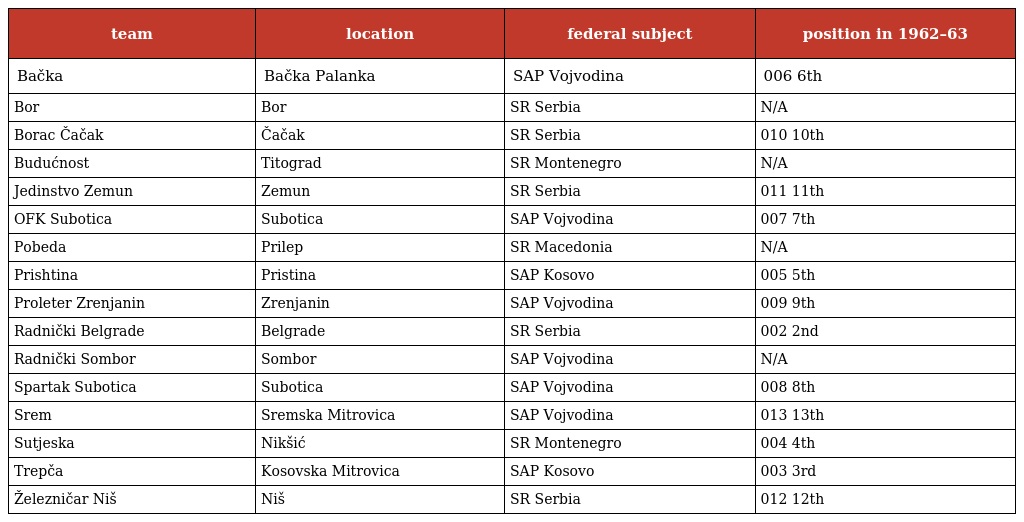
| team | location | federal subject | position in 1962–63 |
 | --- | --- | --- | --- |
 | Bačka | Bačka Palanka | SAP Vojvodina | 006 6th |
 | Bor | Bor | SR Serbia | N/A |
 | Borac Čačak | Čačak | SR Serbia | 010 10th |
 | Budućnost | Titograd | SR Montenegro | N/A |
 | Jedinstvo Zemun | Zemun | SR Serbia | 011 11th |
 | OFK Subotica | Subotica | SAP Vojvodina | 007 7th |
 | Pobeda | Prilep | SR Macedonia | N/A |
 | Prishtina | Pristina | SAP Kosovo | 005 5th |
 | Proleter Zrenjanin | Zrenjanin | SAP Vojvodina | 009 9th |
 | Radnički Belgrade | Belgrade | SR Serbia | 002 2nd |
 | Radnički Sombor | Sombor | SAP Vojvodina | N/A |
 | Spartak Subotica | Subotica | SAP Vojvodina | 008 8th |
 | Srem | Sremska Mitrovica | SAP Vojvodina | 013 13th |
 | Sutjeska | Nikšić | SR Montenegro | 004 4th |
 | Trepča | Kosovska Mitrovica | SAP Kosovo | 003 3rd |
 | Železničar Niš | Niš | SR Serbia | 012 12th |